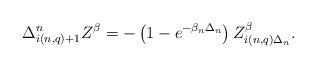
LaTeX: \begin{align*}\Delta^n_{i\left(n,q\right)+1} Z^{\beta} = -\left(1-e^{-\beta_n \Delta_n}\right) Z^{\beta}_{i\left(n,q\right) \Delta_n}.\end{align*}